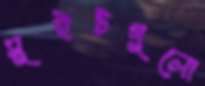
সুইটগুলো